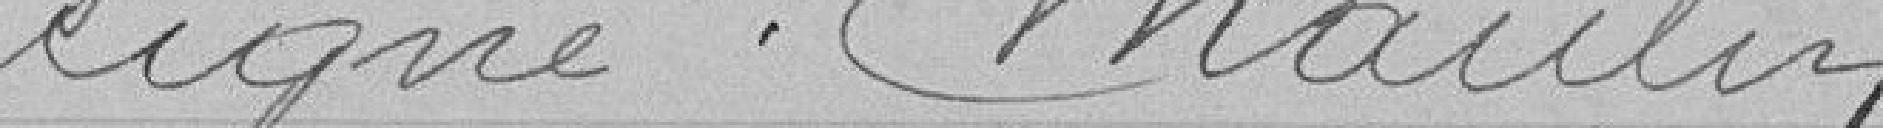
signé Maulin .